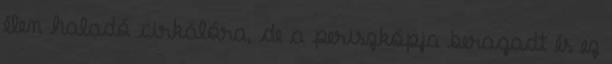
élen haladó cirkálóra, de a periszkópja beragadt és ez